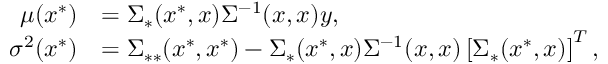
\begin{array} { r l } { \mu ( x ^ { * } ) } & { = \Sigma _ { * } ( x ^ { * } , \boldsymbol { x } ) \Sigma ^ { - 1 } ( \boldsymbol { x } , \boldsymbol { x } ) \boldsymbol { y } , } \\ { \sigma ^ { 2 } ( x ^ { * } ) } & { = \Sigma _ { * * } ( x ^ { * } , x ^ { * } ) - \Sigma _ { * } ( x ^ { * } , \boldsymbol { x } ) \Sigma ^ { - 1 } ( \boldsymbol { x } , \boldsymbol { x } ) \left[ \Sigma _ { * } ( x ^ { * } , \boldsymbol { x } ) \right] ^ { T } , } \end{array}